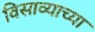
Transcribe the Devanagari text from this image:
विसाव्याच्या